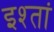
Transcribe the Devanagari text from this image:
इश्तां